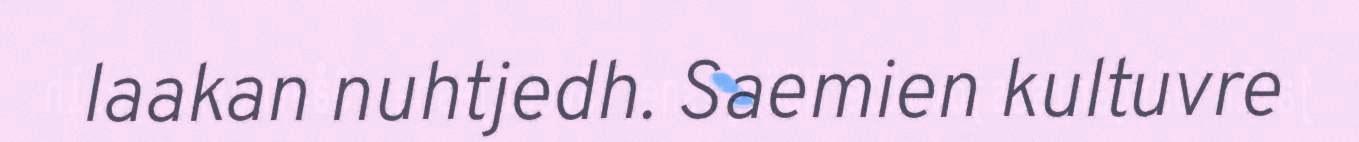
laakan nuhtjedh. Saemien kultuvre